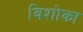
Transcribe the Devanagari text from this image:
विशोका